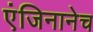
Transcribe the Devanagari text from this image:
एंजिनानेच